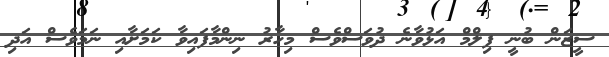
ސީޒަން ބުނީ ފިލްމް އަޅުވާނެ ދުވަސްވެސް މިހާރު ނިންމާފައިވާ ކަމަށާއި ނަމަވެސް އަދި